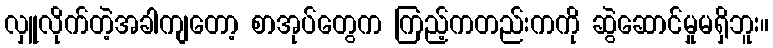
လှူလိုက်တဲ့အခါကျတော့ စာအုပ်တွေက ကြည့်ကတည်းကကို ဆွဲဆောင်မှုမရှိဘူး။